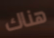
هناك